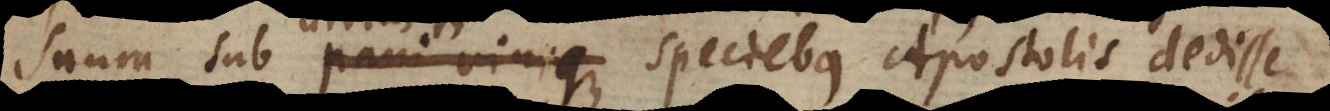
suum sub pani vinique speciebus Apostolis dedisse